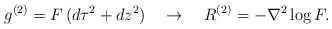
\begin{align*}g^{(2)}=F\,(d\tau^2+dz^2) \quad \rightarrow \quad R^{(2)}=-\nabla^2 \log F.\end{align*}